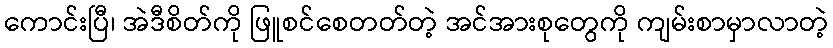
ကောင်းပြီ၊ အဲဒီစိတ်ကို ဖြူစင်စေတတ်တဲ့ အင်အားစုတွေကို ကျမ်းစာမှာလာတဲ့